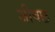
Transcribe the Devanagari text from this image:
जीवछ